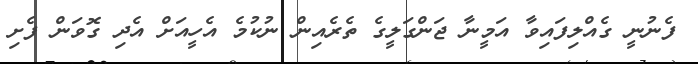
ފެނުނީ ގެއްލިފައިވާ އަމީނާ ޖަންގަލީގެ ތެރެއިން ނުކުމެ އެހީއަށް އެދި ގޮވަން ފެށި